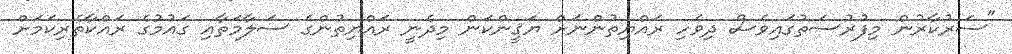
"ސަރުކާރުން މިފުރުސަތުގައިވެސް ދިވެހި ރައްޔިތުންނަށް ޔަޤީންކަން މިދެނީ ރައްޔިތުންގެ ސަލާމަތާއި ގައުމުގެ ރައްކާތެރިކަމަށް